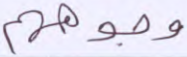
وجوههم